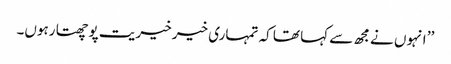
’’ انہوں نے مجھ سے کہا تھا کہ تمہاری خیر خیریت پوچھتا رہوں۔